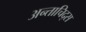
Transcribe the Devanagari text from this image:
अन्ताचिद्स